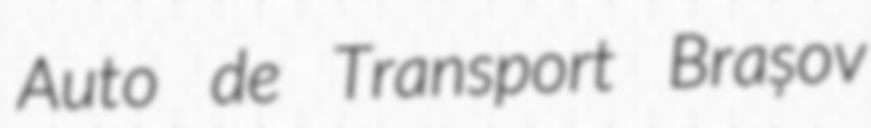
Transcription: Auto de Transport Brașov